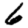
Digit: 6